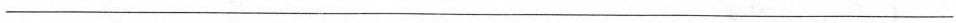
___